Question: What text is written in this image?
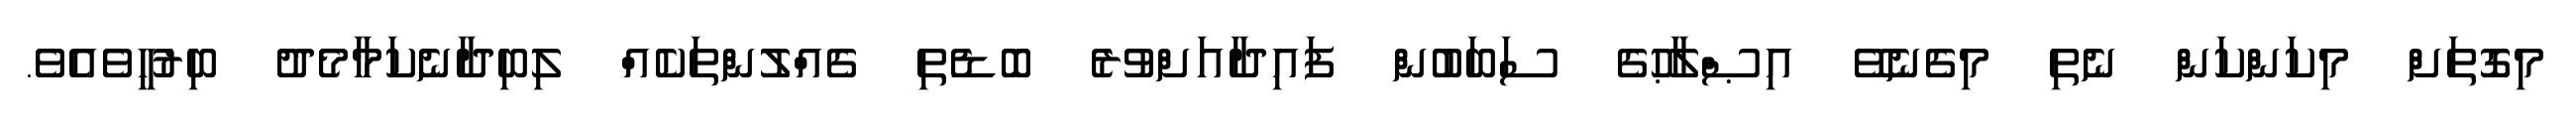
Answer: މިގޮތަށް މިކަންކަން ނެތި މިގެނެވޭ އިޞްލާޙުގެ ސަބަބުން ފައިދާއަށްވުރެ ބޮޑެތި ގެއްލުންތަކެއް ލިބިދާނެކަމާމެދު ބިރުހީވެއެވެ.